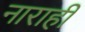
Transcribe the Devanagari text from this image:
नाराही